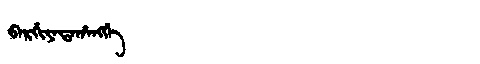
Manchu: ᠪᠠᡵᡤᡳᠶᠠᡨᠠᡥᠠᠩᡤᡝ
Romanization: BARGIYATAHANGGE